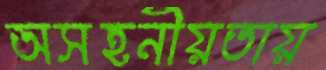
অসহনীয়তায়